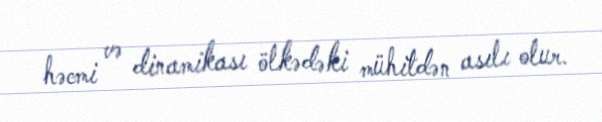
həcmi və dinamikası ölkədəki mühitdən asılı olur.